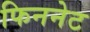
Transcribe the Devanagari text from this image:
फिननेट